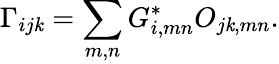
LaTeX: \Gamma_{ij\mathit{k}}=\sum_{m,n}G_{i,mn}^{*}O_{j\mathit{k},mn}.